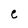
Character: U